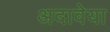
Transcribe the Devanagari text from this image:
अदावेया